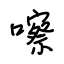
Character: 嚓